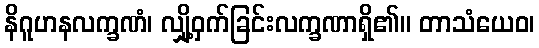
နိဂူဟနလက္ခဏံ၊ လျှို့ဝှက်ခြင်းလက္ခဏာရှိ၏။ တာသံယေဝ၊